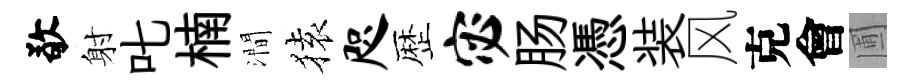
敬射叱楠澗𫞤咫歴宓肠憑装风克會圃